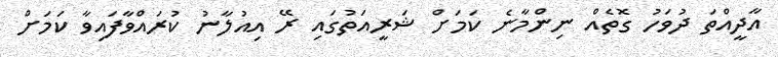
އާދީއްތަ ދުވަހު ގޮތެއް ނިންމާނެ ކަމަށް ޝަރީއަތުގައި ރޭ އިއުލާނު ކުރައްވާފައިވާ ކަމަށް